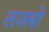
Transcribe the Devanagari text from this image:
लजबो